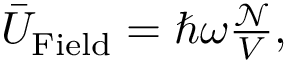
\begin{array} { r } { \bar { U } _ { \mathrm { F i e l d } } = \hbar \omega \frac { \mathcal N } { V } , } \end{array}